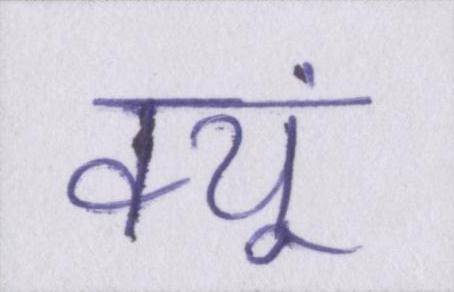
क्यूं